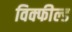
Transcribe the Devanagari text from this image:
विक्फील्ड